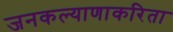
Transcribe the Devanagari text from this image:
जनकल्याणाकरिता